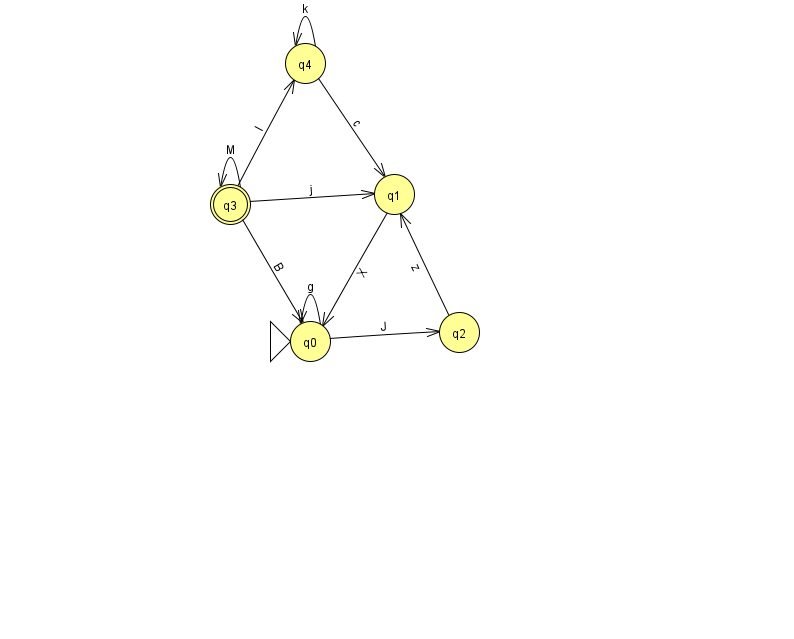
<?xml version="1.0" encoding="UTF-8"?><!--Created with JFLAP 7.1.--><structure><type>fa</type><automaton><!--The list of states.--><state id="0" name="q0"><x>310.0</x><y>328.0</y><initial/></state><state id="1" name="q1"><x>394.0</x><y>181.0</y></state><state id="2" name="q2"><x>459.0</x><y>319.0</y></state><state id="3" name="q3"><x>230.0</x><y>191.0</y><final/></state><state id="4" name="q4"><x>305.0</x><y>50.0</y></state><!--The list of transitions.--><transition><from>4</from><to>1</to><read>c</read></transition><transition><from>2</from><to>1</to><read>z</read></transition><transition><from>0</from><to>0</to><read>g</read></transition><transition><from>1</from><to>0</to><read>X</read></transition><transition><from>0</from><to>2</to><read>J</read></transition><transition><from>3</from><to>0</to><read>B</read></transition><transition><from>4</from><to>4</to><read>k</read></transition><transition><from>3</from><to>1</to><read>j</read></transition><transition><from>3</from><to>3</to><read>M</read></transition><transition><from>3</from><to>4</to><read>I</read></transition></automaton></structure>